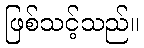
ဖြစ်သင့်သည်။